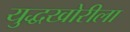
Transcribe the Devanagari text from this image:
युद्धखोरीला